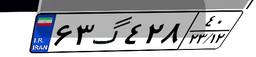
۱۳گ۱۷۴۹۷